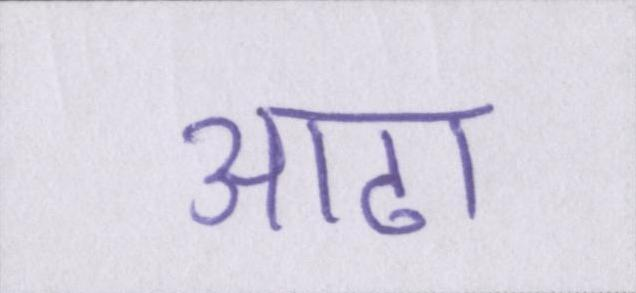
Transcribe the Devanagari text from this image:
आढा